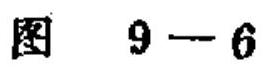
图\(9 - 6\)